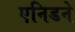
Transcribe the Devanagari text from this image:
एनिडने